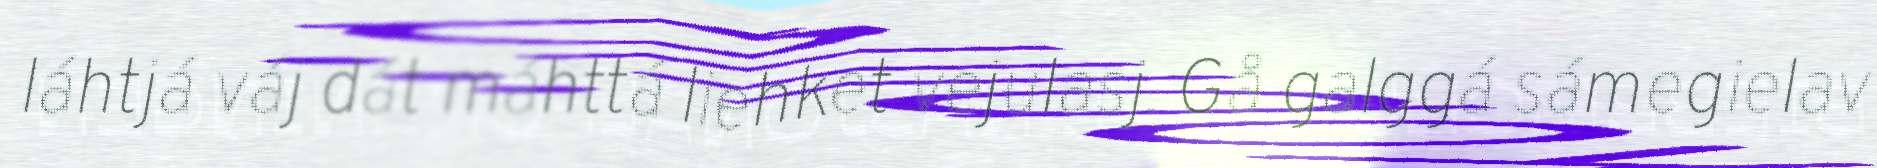
láhtjá váj dát máhttá liehket vejulasj. Gå galggá sámegielav